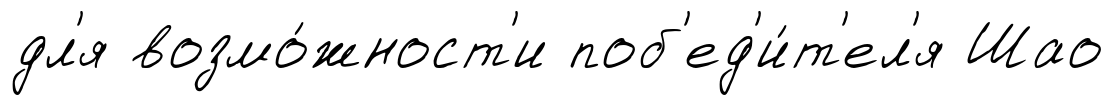
дл'я возмо́жност'и поб'ед'и́т'ел'я Шао